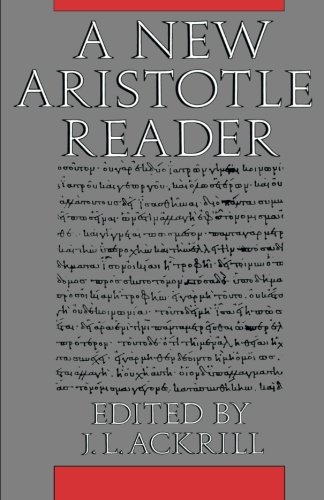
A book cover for A New Aristotle Reader; Politics & Social Sciences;